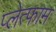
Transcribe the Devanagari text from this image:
प्लेत्फाम